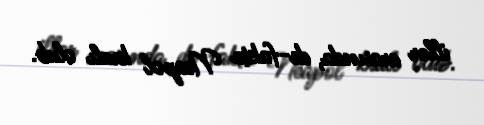
illər arasında, de-fakto Neapol kralı olub.